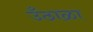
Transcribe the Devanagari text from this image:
उँठाळा